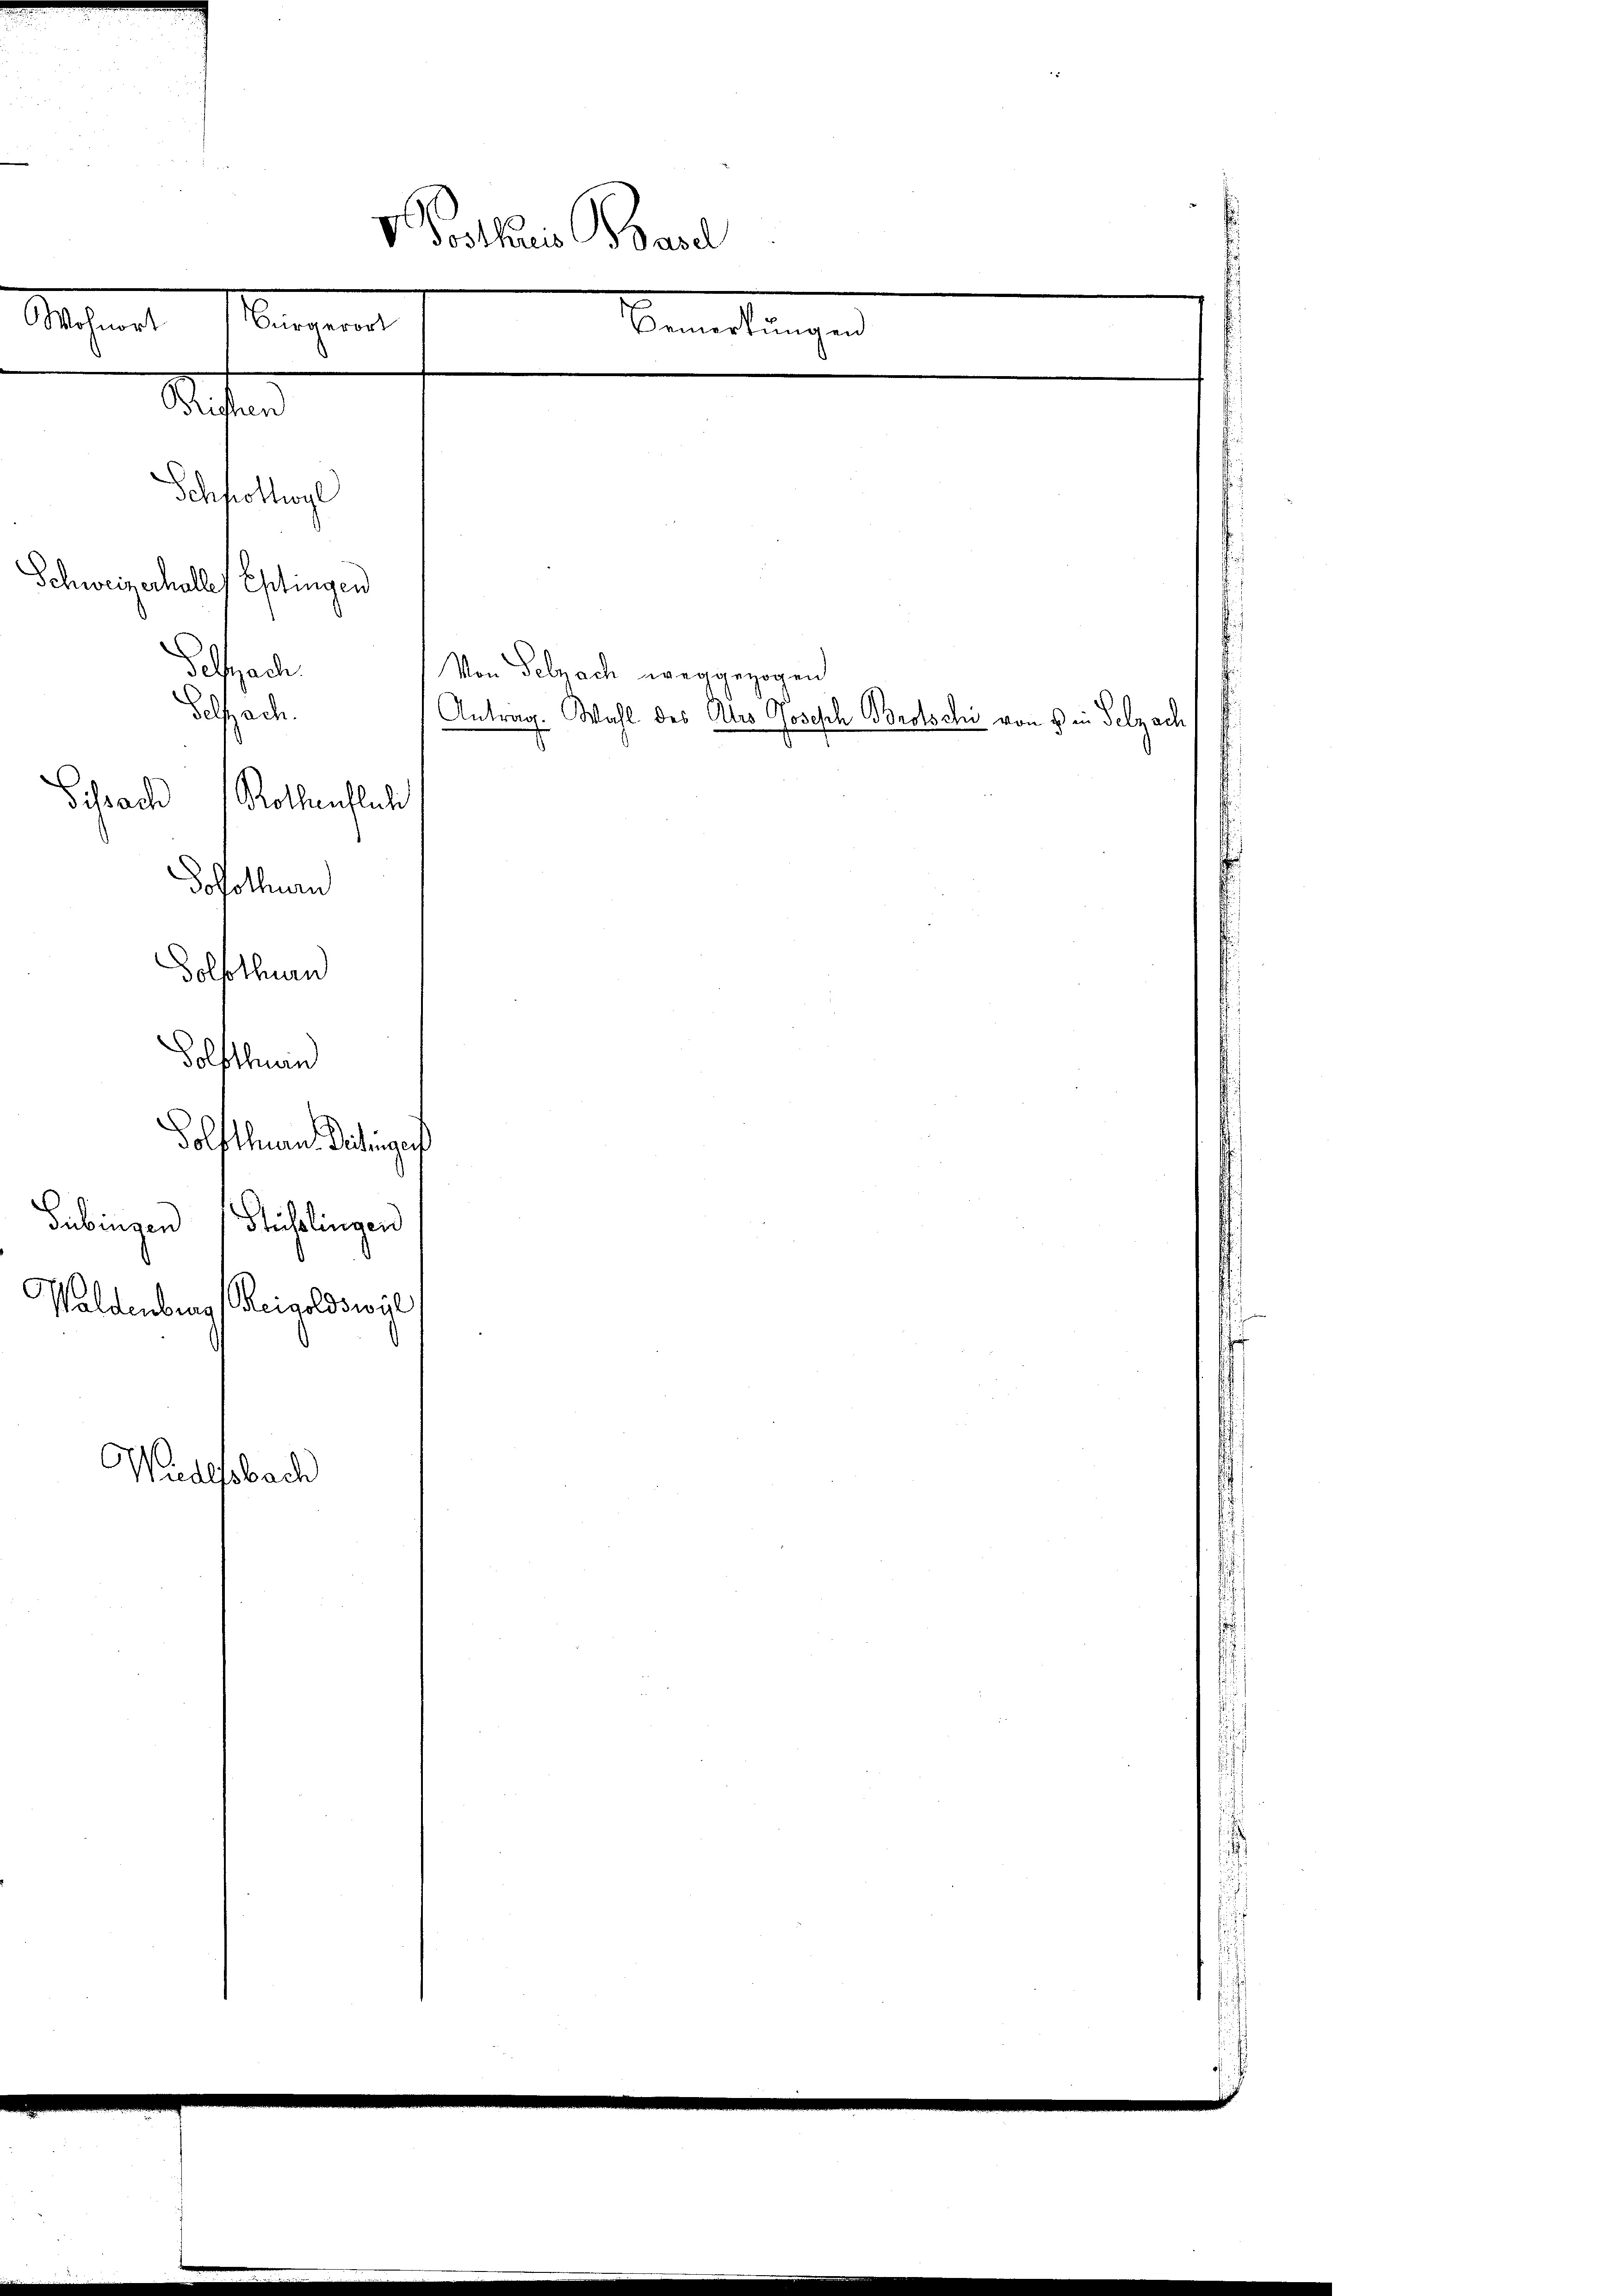
V. Postkuris Basel
Mohren
Bürgerort
Bemerkungen
Seiten
Schfrottwyl

Schweizerhalle
Ehingen
Selfach
Von Pelzach weggezogen
Selfach.
Rothenflich
5.
Athurn
Dolfthurn
d
n
Dietinge
Gübingen
Stühlingen
Waldenber
Reigoldswyl
Nud
sach

Schradi

Antrag. Wahl des Ales Joseph Brotschi von 5 in Selzach